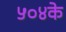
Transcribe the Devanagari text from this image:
५०४के